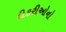
દીકરીઓનો